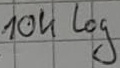
Text: 10k log